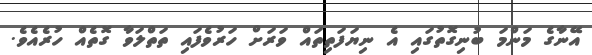
އޭނާގެ މަންމަ ބުނިގޮތުގައި އެ ނިޔަފަތިތައް ވަރަށް ހަރުވެފައި ތަތްލަވާ ގޮތެއް ހުރެއެވެ.